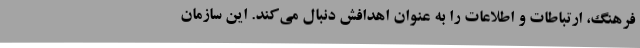
فرهنگ، ارتباطات و اطلاعات را به عنوان اهدافش دنبال می‌کند. این سازمان